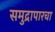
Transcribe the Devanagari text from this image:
समुद्रापारचा